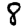
Digit: 8